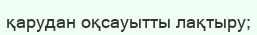
қарудан оқсауытты лақтыру;